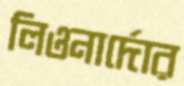
লিওনার্দোর